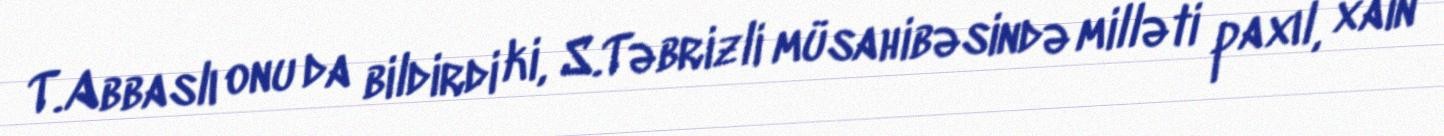
T.Abbaslı onu da bildirdi ki, S.Təbrizli müsahibəsində milləti paxıl, xain